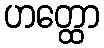
ဟတ္ထော